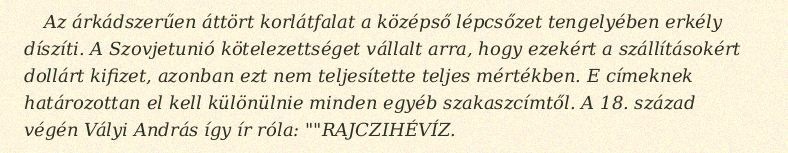
Az árkádszerűen áttört korlátfalat a középső lépcsőzet tengelyében erkély díszíti. A Szovjetunió kötelezettséget vállalt arra, hogy ezekért a szállításokért dollárt kifizet, azonban ezt nem teljesítette teljes mértékben. E címeknek határozottan el kell különülnie minden egyéb szakaszcímtől. A 18. század végén Vályi András így ír róla: ""RAJCZIHÉVÍZ.